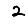
Digit: 2